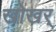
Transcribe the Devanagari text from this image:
खोखर्